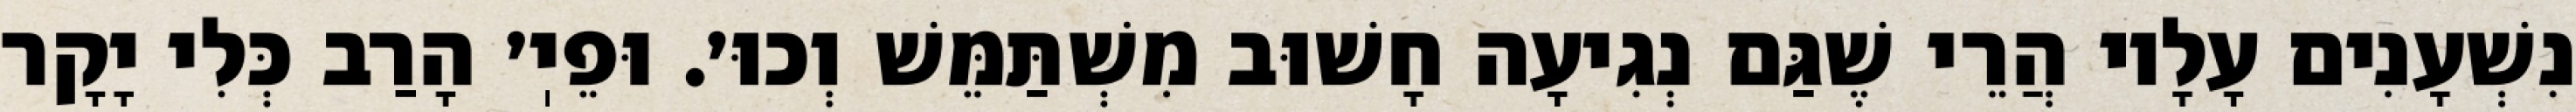
נִשְׁעָנִים עָלָיו הֲרֵי שֶׁגַּם נְגִיעָה חָשׁוּב מִשְׁתַּמֵּשׁ וְכוּ׳. וּפֵיֽ׳ הָרַב כְּלִי יָקָר